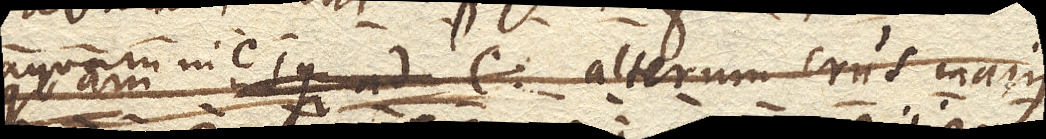
attingit aquam in C. alterum crus majus